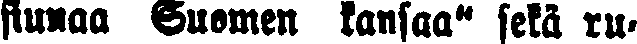
siunaa Suomen kansaa" sekä ru-